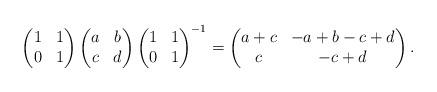
LaTeX: \begin{align*}\begin{pmatrix} 1 & 1 \\ 0 & 1 \end{pmatrix} \begin{pmatrix} a & b \\ c & d \end{pmatrix} \begin{pmatrix} 1 & 1 \\ 0 & 1 \end{pmatrix}^{-1} = \begin{pmatrix} a+c & -a+b-c+d \\ c & -c+d \end{pmatrix}.\end{align*}